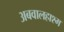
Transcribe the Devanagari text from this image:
अबवालहाश्म